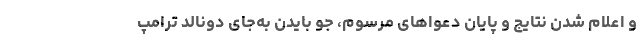
و اعلام شدن نتایج و پایان دعواهای مرسوم، جو بایدن به‌جای دونالد ترامپ